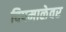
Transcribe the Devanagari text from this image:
दिपमाळेवर